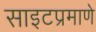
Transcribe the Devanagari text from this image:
साइटप्रमाणे